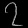
Digit: ၇